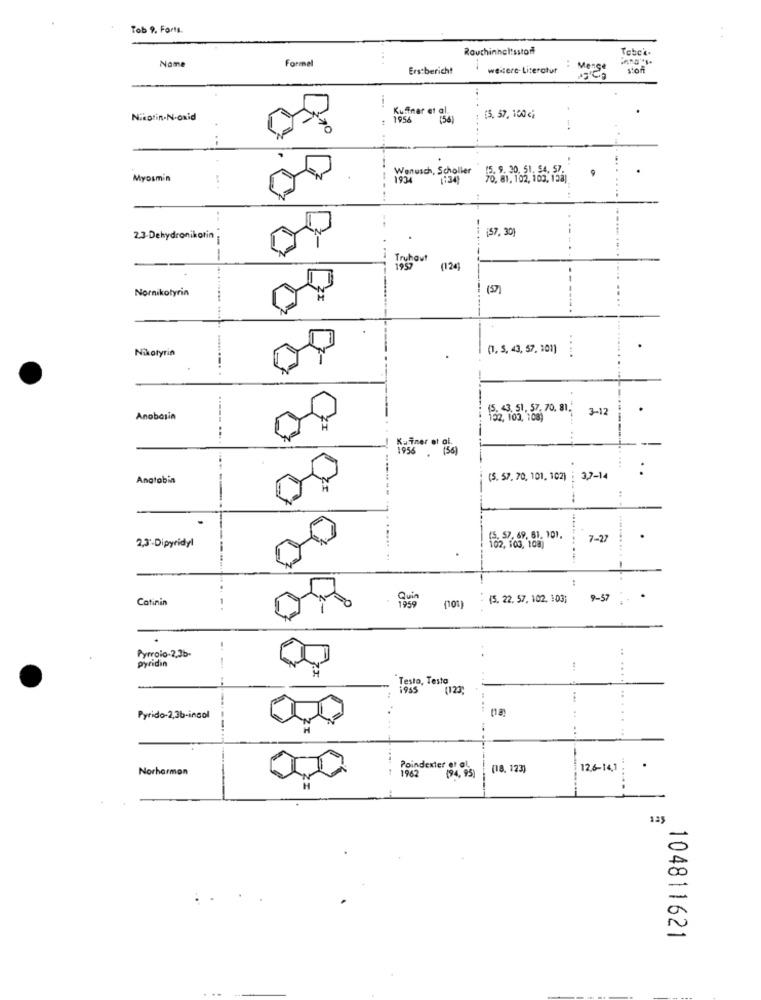
Tob 9. Forts.
. .
Rouchinhaltsstoff
Formel
....
Nome
Erstbericht
weitere-Literatur
: Mens
ston
Kuffner et al.
: [5.57,100€;
Nikotin-N-oxid
(56)
Wenusch, Scholler
15.9. 20. 51. 54,57.
Myosmin
1934
134
70, 81, 102, 100, 128]
.--...
197, 301
2.3-Dehydronikotin
-
Truhout
1957
(124)
Nornikotyrin
(57]
Nikotyrin
(1. 5, 43, 57, 301)
.....
15. 43. 51, 57. 70. 81.
3-12
Anobasin
152. 102, 108)
Kainer et al.
1956 . (56)
..
Angtabin
(5. 57, 70, 101. 102)
37-14
....
2,3'-Dipyridyl
(5. 57, 69, 61.10).
7-27
.
To2, 103, 108)
Quin
(5. 22. 57, 102, 103;
9-57
Catinin
Pyrroio-2,3b-
pyridin
-
..
Testa, Testa
...
(123;
...
Pyrido-2,3b-incol
-----
44
...
Norhormon
1962
Poindexter or ol
(18. 123)
12,6-14.1
.
135
104811621